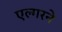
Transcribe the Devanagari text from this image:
एल्गरने